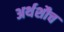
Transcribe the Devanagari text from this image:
अर्थशौच